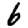
Digit: 6